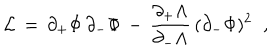
{ \cal L } \, = \, \partial _ { + } \Phi \, \partial _ { - } \Phi \, - \, { \frac { \partial _ { + } \Lambda } { \partial _ { - } \Lambda } } \, ( \partial _ { - } \Phi ) ^ { 2 } \; \; ,